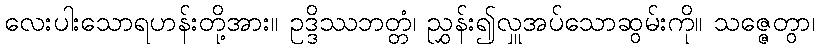
လေးပါးသောရဟန်းတို့အား။ ဥဒ္ဒိဿဘတ္တံ၊ ညွှန်း၍လှူအပ်သောဆွမ်းကို။ သဇ္ဇေတွာ၊